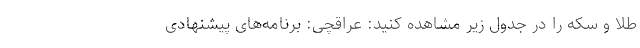
طلا و سکه را در جدول زیر مشاهده کنید: عراقچی: برنامه‌های پیشنهادی